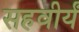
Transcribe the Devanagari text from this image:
सहवीर्यं